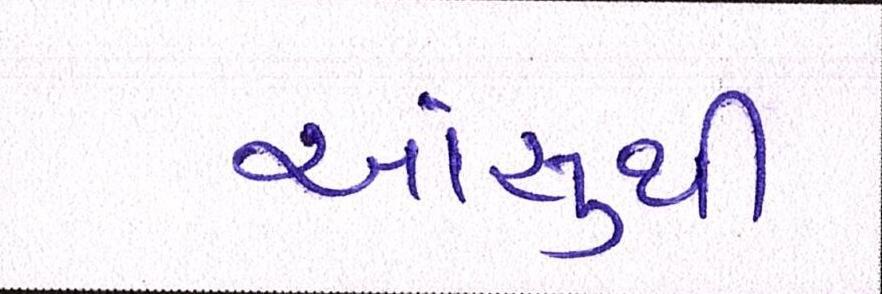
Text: આંસુથી